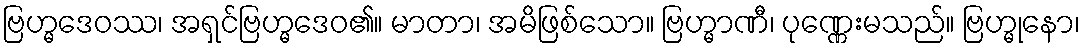
ဗြဟ္မဒေဝဿ၊ အရှင်ဗြဟ္မဒေဝ၏။ မာတာ၊ အမိဖြစ်သော။ ဗြဟ္မာဏီ၊ ပုဏ္ဏေးမသည်။ ဗြဟ္မုနော၊